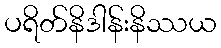
ပရိတ်နိဒါန်းနိဿယ